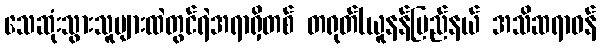
သေဆုံးသွားသူများထဲတွင်ရဲအရာရှိတစ် တရုတ်(ယူနန်ပြည်နယ် အသိဆရာဝန်